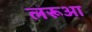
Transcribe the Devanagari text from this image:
लरूआ